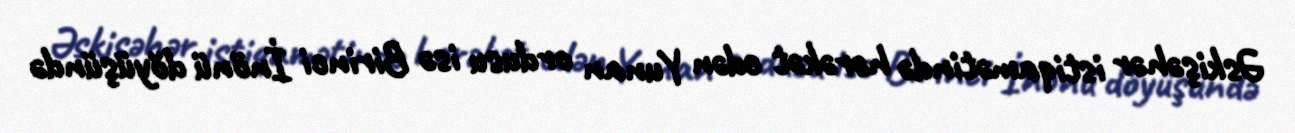
Əskişəhər istiqamətində hərəkət edən Yunan ordusu isə Birinci İnönü döyüşündə